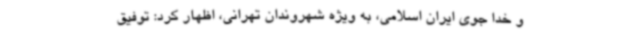
و خدا جوی ایران اسلامی، به ویژه شهروندان تهرانی، اظهار کرد: توفیق